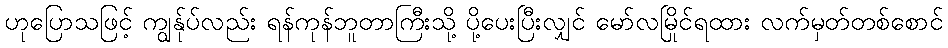
ဟုပြောသဖြင့် ကျွန်ုပ်လည်း ရန်ကုန်ဘူတာကြီးသို့ ပို့ပေးပြီးလျှင် မော်လမြိုင်ရထား လက်မှတ်တစ်စောင်